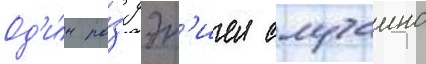
Од'и́н ра́з дэн'иел случаино